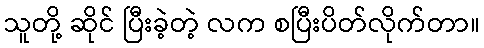
သူတို့ ဆိုင် ပြီးခဲ့တဲ့ လက စပြီးပိတ်လိုက်တာ။